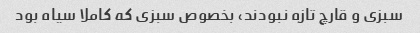
سبزی و قارچ تازه نبودند، بخصوص سبزی که کاملا سیاه بود